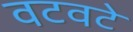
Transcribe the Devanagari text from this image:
वटवटे